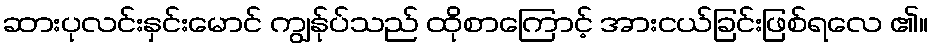
ဆားပုလင်းနှင်းမောင် ကျွန်ုပ်သည် ထိုစာကြောင့် အားငယ်ခြင်းဖြစ်ရလေ ၏။